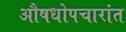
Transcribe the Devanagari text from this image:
औषधोपचारांत